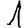
Digit: 1